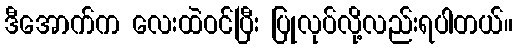
ဒီအောက်က လေးထဲဝင်ပြီး ပြုလုပ်လို့လည်းရပါတယ်။